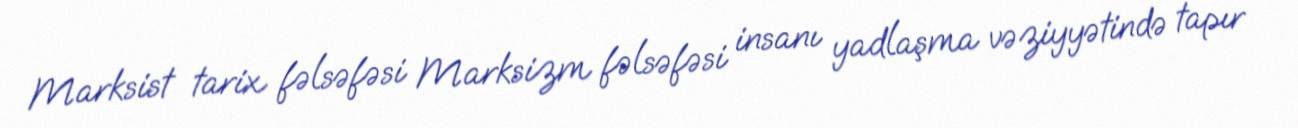
Marksist tarix fəlsəfəsi Marksizm fəlsəfəsi insanı yadlaşma vəziyyətində tapır